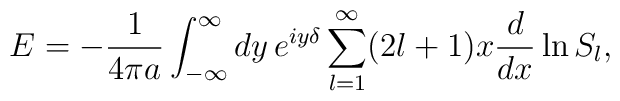
E=-{1\over4\pi a}\int_{-\infty}^\infty dy\,e^{iy\delta}\sum_{l=1}^\infty(2l+1)x{d\over dx}\ln S_l,